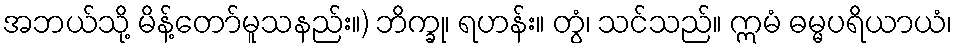
အဘယ်သို့ မိန့်တော်မူသနည်း။) ဘိက္ခု၊ ရဟန်း။ တွံ၊ သင်သည်။ ဣမံ ဓမ္မပရိယာယံ၊